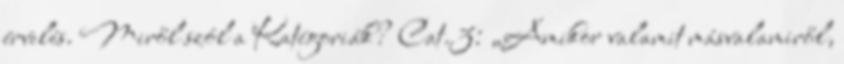
érvelés. Miről szól a Katégoriák? Cat.3: „Amikor valamit másvalamiről,